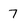
Character: 7